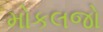
મોકલજો